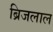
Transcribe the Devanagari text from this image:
ब्रिजलाल